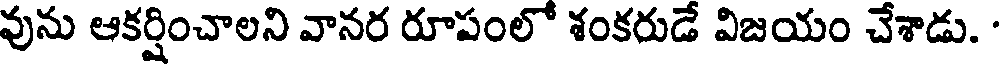
వును ఆకర్షించాలని వానర రూపంలో శంకరుడే విజయం చేశాడు.